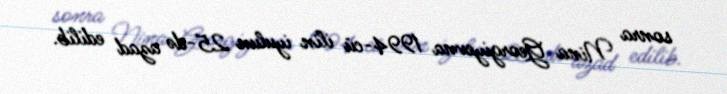
sonra Nina Georgiyevna 1994-cü ilin iyulun 25-də azad edilib.